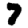
Digit: 7